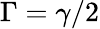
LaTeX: \Gamma=\gamma/2